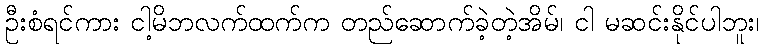
ဦးစံရင်ကား ငါ့မိဘလက်ထက်က တည်ဆောက်ခဲ့တဲ့အိမ်၊ ငါ မဆင်းနိုင်ပါဘူး၊